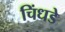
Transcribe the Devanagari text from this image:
चिंधडे